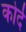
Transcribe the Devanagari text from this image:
कोर्द